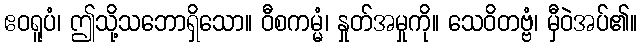
ဧဝရူပံ၊ ဤသို့သဘောရှိသော။ ဝီစကမ္မံ၊ နှုတ်အမှုကို။ သေဝိတဗ္ဗံ၊ မှီဝဲအပ်၏။